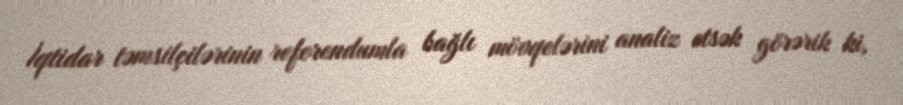
İqtidar təmsilçilərinin referendumla bağlı mövqelərini analiz etsək görərik ki,